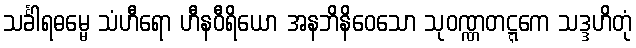
သင်္ခါရဓမ္မေ သံဟီရော ဟီနဝီရိယော အနဘိနိဝေသော သုဝဏ္ဏတဋ္ဋကေ သဒ္ဒဟိတုံ